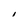
Character: I